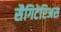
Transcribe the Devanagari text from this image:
सैगिटेरिअस